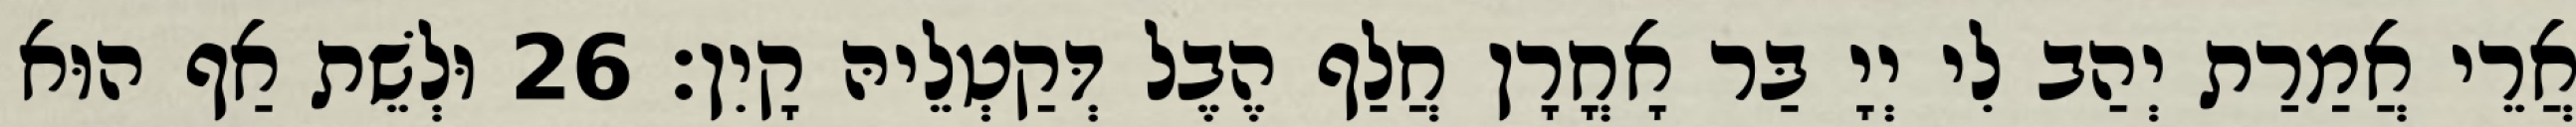
אֲרֵי אֲמַרַת יְהַב לִי יְיָ בַּר אָחֳרָן חֲלַף הֶבֶל דְּקַטְלֵיהּ קָיִן׃ 26 וּלְשֵׁת אַף הוּא